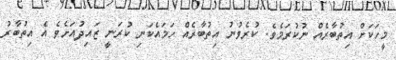
މީހަކަށް އިތުބާރެއް ނުކުރަމެވެ. ކުރެވުނު އިިތުބާރެއް ހަމައެކަނި ކުރަނީ ޒައިދުއަށެވެ އެ އިތުބާރު